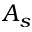
A _ { s }